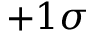
+ 1 \sigma